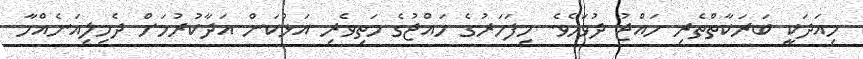
މިއަދަކީ ބަރަކާތްތެރި ހައްޖު ދުވަހެވެ. މިފަހަރުގެ ހައްޖުގެ މަތިވެރި އަޅުކަން އަދާކުރުމަށް ދެމިލިއަނެއްހާ